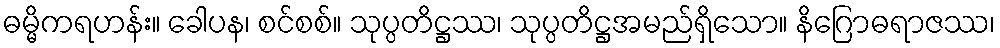
ဓမ္မိကရဟန်း။ ခေါပန၊ စင်စစ်။ သုပ္ပတိဋ္ဌဿ၊ သုပ္ပတိဋ္ဌအမည်ရှိသော။ နိဂြောဓရာဇဿ၊